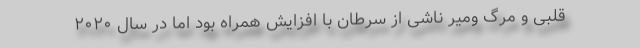
قلبی و مرگ ومیر ناشی از سرطان با افزایش همراه بود اما در سال ۲۰۲۰